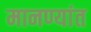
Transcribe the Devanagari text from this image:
मानण्यांत